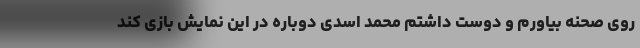
روی صحنه بیاورم و دوست داشتم محمد اسدی دوباره در این نمایش بازی کند